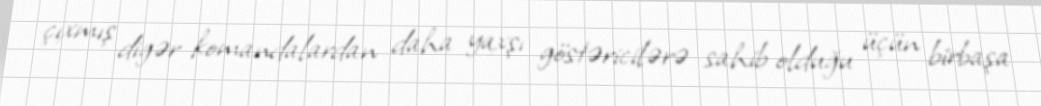
çıxmış digər komandalardan daha yaxşı göstəricilərə sahib olduğu üçün birbaşa